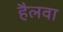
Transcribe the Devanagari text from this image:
हैलवा